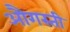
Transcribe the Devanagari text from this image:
औगस्ती